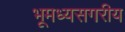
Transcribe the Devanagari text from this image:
भूमध्यसगरीय